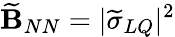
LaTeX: \widetilde{\mathbf B}_{NN}=|\widetilde\sigma_{LQ}|^{2}